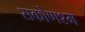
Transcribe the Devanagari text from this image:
सकोणश्म